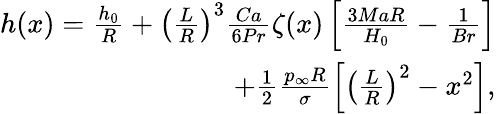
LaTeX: \begin{array}{r}{h(x)=\frac{h_{0}}{R}+\left(\frac{L}{R}\right)^{3}\frac{Ca}{6Pr}\zeta(x)\left[\frac{3MaR}{H_{0}}-\frac{1}{Br}\right]}\\ {+\frac{1}{2}\frac{p_{\infty}R}{\sigma}\left[\left(\frac{L}{R}\right)^{2}-x^{2}\right],}\end{array}